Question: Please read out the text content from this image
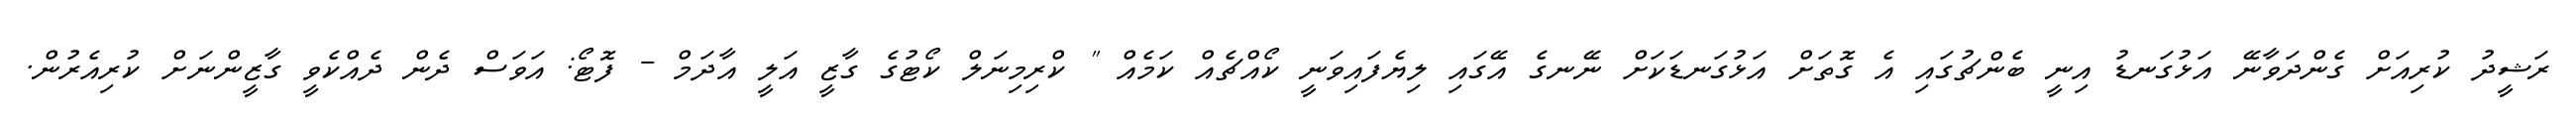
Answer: ރަޝީދު ކުރިއަށް ގެންދަވާނޭ އަޅުގަނޑު އިނީ ބެންޗުގައި އެ ގޮތަށް އަޅުގަނޑަކަށް ނޭނގެ އޭގައި ލިޔެފައިވަނީ ކޯއްޗެއް ކަމެއް " ކްރިމިނަލް ކޯޓުގެ ގާޒީ އަލީ އާދަމް - ފޮޓޯ: އަވަސް ދެން ދެއްކެވީ ގާޒީންނަށް ކުރިއެރުން.